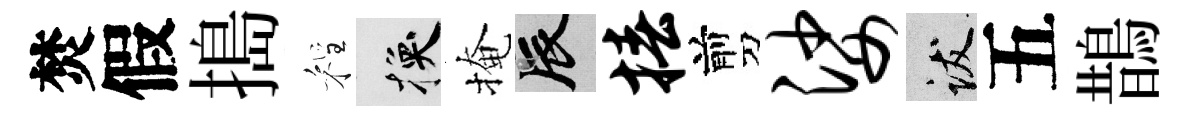
焚假搗程换掩辰椿剪娑跋五鵲